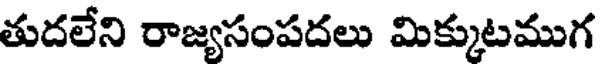
తుదలేని రాజ్యసంపదలు మిక్కుటముగ